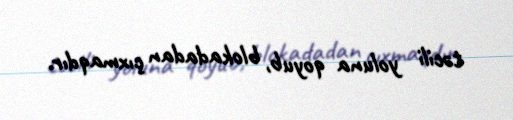
təcili yoluna qoyub, blokadadan çıxmaqdır.